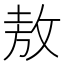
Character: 敖